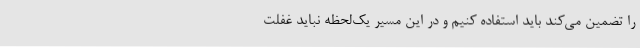
را تضمین می‌کند باید استفاده کنیم و در این مسیر یک‌لحظه نباید غفلت